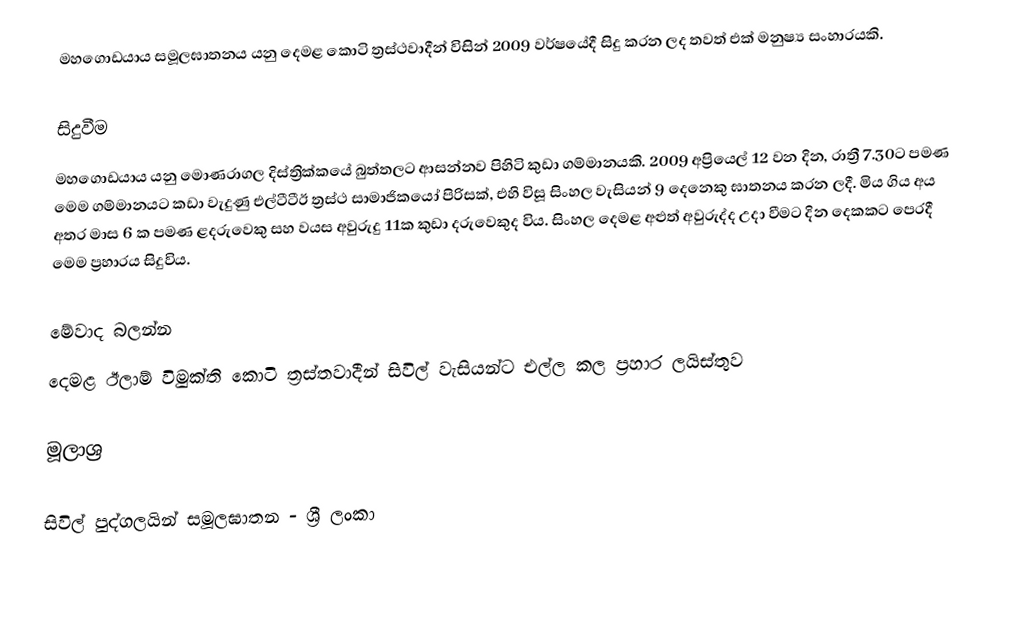
මහගොඩයාය සමූලඝාතනය යනු දෙමළ කොටි ත්‍රස්ථවාදීන් විසින් 2009 වර්ෂයේදී සිදු කරන ලද තවත් එක් මනුෂ්‍ය සංහාරයකි.

සිදුවීම
මහගොඩයාය යනු මොණරාගල දිස්ත්‍රික්කයේ බුත්තලට ආසන්නව පිහිටි කුඩා ගම්මානයකි. 2009 අප්‍රියෙල් 12 වන දින, රාත්‍රී 7.30ට පමණ මෙම ගම්මානයට කඩා වැදුණු එල්ටීටීඊ ත්‍රස්ථ සාමාජිකයෝ පිරිසක්, එහි විසූ සිංහල වැසියන් 9 දෙනෙකු ඝාතනය කරන ලදී. මිය ගිය අය අතර මාස 6 ක පමණ ළදරුවෙකු සහ වයස අවුරුදු 11ක කුඩා දරුවෙකුද විය. සිංහල දෙමළ අළුත් අවුරුද්ද උදා වීමට දින දෙකකට පෙරදී මෙම ප්‍රහාරය සිදුවිය.

මේවාද බලන්න
 දෙමළ ඊලාම් විමුක්ති කොටි ත්‍රස්තවාදීන් සිවිල් වැසියන්ට එල්ල කල ප්‍රහාර ලයිස්තුව

මූලාශ්‍ර

සිවිල් පුද්ගලයින් සමූලඝාතන - ශ්‍රී ලංකා